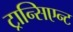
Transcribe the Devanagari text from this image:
ट्रान्सिएन्ट